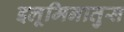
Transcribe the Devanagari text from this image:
इलूमिनातुस